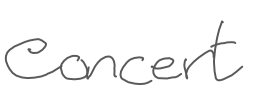
Text: concert
Cross-out: clean
Writing tool: digital_gray